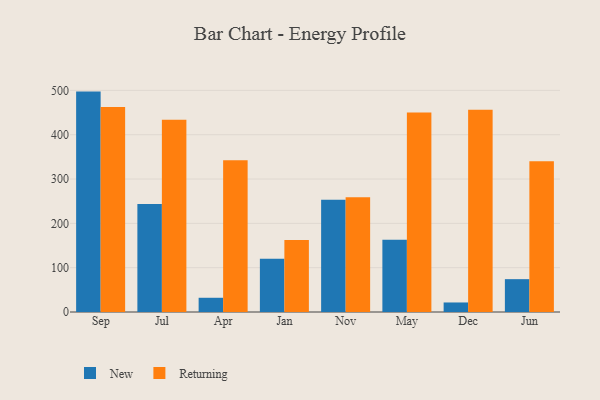
{"axis": {"x": "Month", "y": "Production Output"}, "legend": ["New", "Returning"], "data": [{"x": "Sep", "y": 497.3, "type": "New"}, {"x": "Sep", "y": 462.4, "type": "Returning"}, {"x": "Jul", "y": 243.5, "type": "New"}, {"x": "Jul", "y": 433.7, "type": "Returning"}, {"x": "Apr", "y": 32.1, "type": "New"}, {"x": "Apr", "y": 342.6, "type": "Returning"}, {"x": "Jan", "y": 120.1, "type": "New"}, {"x": "Jan", "y": 162.2, "type": "Returning"}, {"x": "Nov", "y": 253.4, "type": "New"}, {"x": "Nov", "y": 259.0, "type": "Returning"}, {"x": "May", "y": 163.2, "type": "New"}, {"x": "May", "y": 450.3, "type": "Returning"}, {"x": "Dec", "y": 21.5, "type": "New"}, {"x": "Dec", "y": 456.6, "type": "Returning"}, {"x": "Jun", "y": 74.1, "type": "New"}, {"x": "Jun", "y": 340.1, "type": "Returning"}]}